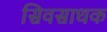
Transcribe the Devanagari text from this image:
सिवसाधक